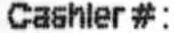
CASHLER#: